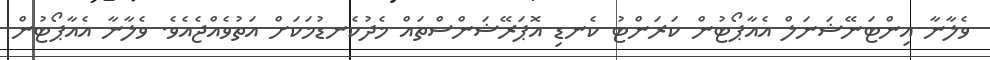
ވެލާނާ އިންޓަނޭޝަނަލް އެއާޕޯޓުން ކަރަންޓު ކެނޑި އޮޕަރޭޝަންސްތައް މެދުކެނޑުމަކަށް އަތުވެއްޖެއެވެ. ވެލާނާ އެއާޕޯޓުން